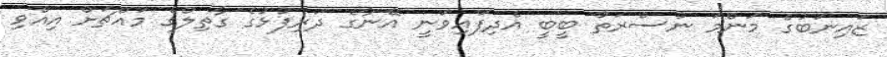
ޒައިނަބުގެ މަންމަ ނުސްރަތު ބީބީ އެދިފައިވަނީ އޭނާގެ ދަރިފުޅުގެ ގާތިލްގެ މައްޗަށް އިއްވި